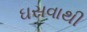
ઘસવાથી